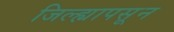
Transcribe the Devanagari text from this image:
जिल्ह्यापसून